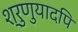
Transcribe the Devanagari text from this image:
श्रुणुयादपि